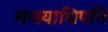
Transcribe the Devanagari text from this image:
मत्स्याधिपति